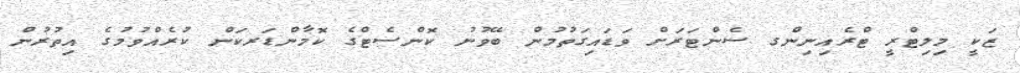
ޒަކީ މިލިޓްރީ ޓްރެއިނިންގ ސެންޓަރަށް ވަޑައިގަތުމުން ބޭވުނު ކޮންސެޓްގެ ކޮމާންޑަރކަން ކުރެއްވުމުގެ އިތުރުން